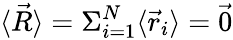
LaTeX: \langle{\vec{R}}\rangle=\Sigma_{i=1}^{N}\langle{\vec{r}}_{i}\rangle={\vec{0}}